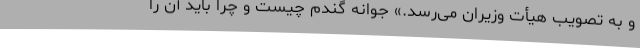
و به تصویب هیأت وزیران‌ می‌رسد.» جوانه گندم چیست و چرا باید آن را